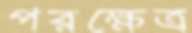
পরক্ষেত্র